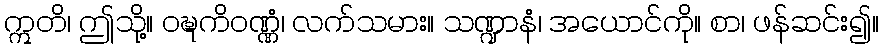
ဣတိ၊ ဤသို့။ ဝဍ္ဎကိဝဏ္ဏံ၊ လက်သမား။ သဏ္ဍာနံ၊ အယောင်ကို။ စာ၊ ဖန်ဆင်း၍။